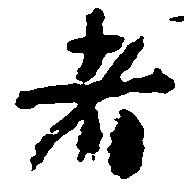
者